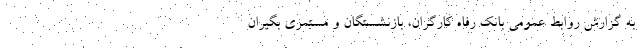
به گزارش روابط عمومی بانک رفاه کارگران، بازنشستگان و مستمری بگیران